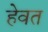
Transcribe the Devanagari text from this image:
हेवत